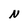
Character: N